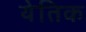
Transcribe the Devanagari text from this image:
येतिक